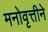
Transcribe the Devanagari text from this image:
मनोवृत्तीने